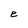
Character: e